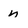
Character: n